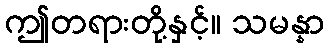
ဤတရားတို့နှင့်။ သမန္နာ